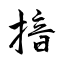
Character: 揞